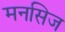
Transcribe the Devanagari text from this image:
मनसिज